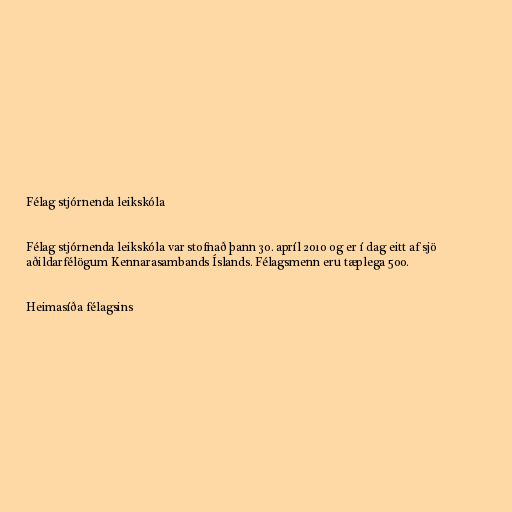
Félag stjórnenda leikskóla

Félag stjórnenda leikskóla var stofnað þann 30. apríl 2010 og er í dag eitt af sjö
aðildarfélögum Kennarasambands Íslands. Félagsmenn eru tæplega 500.

Heimasíða félagsins